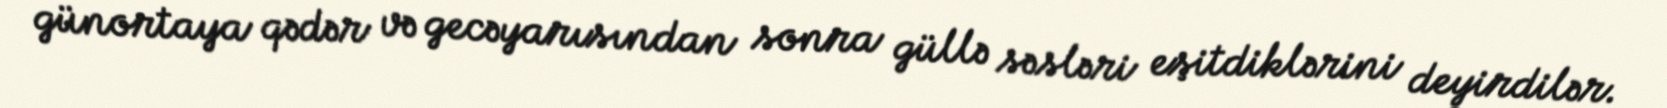
günortaya qədər və gecəyarısından sonra güllə səsləri eşitdiklərini deyirdilər.